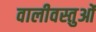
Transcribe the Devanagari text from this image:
वालीवस्तुओं